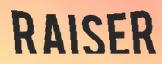
RAISER